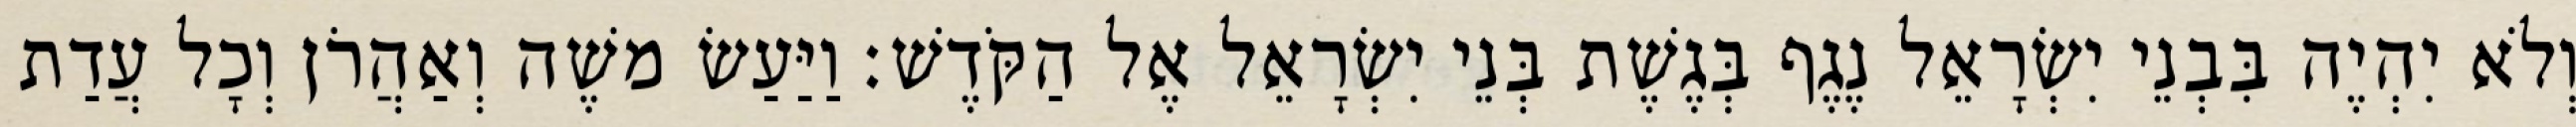
וְלֹא יִהְיֶה בִּבְנֵי יִשְׂרָאֵל נֶגֶף בְּגֶשֶׁת בְּנֵי יִשְׂרָאֵל אֶל הַקֹּדֶשׁ׃ וַיַּעַשׂ משֶׁה וְאַהֲרֹן וְכָל עֲדַת